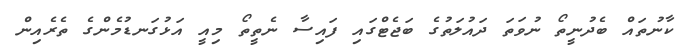
ކާނުތައް ބެދުނީތޯ ނުވަތަ ދައުލަތުގެ ބަޖެޓްގައި ފައިސާ ނެތީތޯ މިއީ އަޅުގަނޑުމެންގެ ތެރެއިން